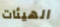
الهيئات